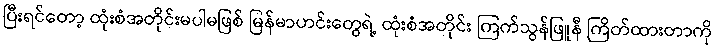
ပြီးရင်တော့ ထုံးစံအတိုင်းမပါမဖြစ် မြန်မာဟင်းတွေရဲ့ ထုံးစံအတိုင်း ကြက်သွန်ဖြူနီ ကြိတ်ထားတာကို